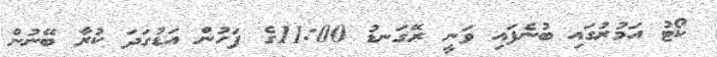
ކޯޓު އަމުރުގައި ބުނެފައި ވަނީ ރޭގަނޑު 11:00ގެ ފަހުން އަޑުގަދަ ކުރާ ބޭނުން